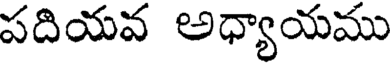
పదియవ అధ్యాయము